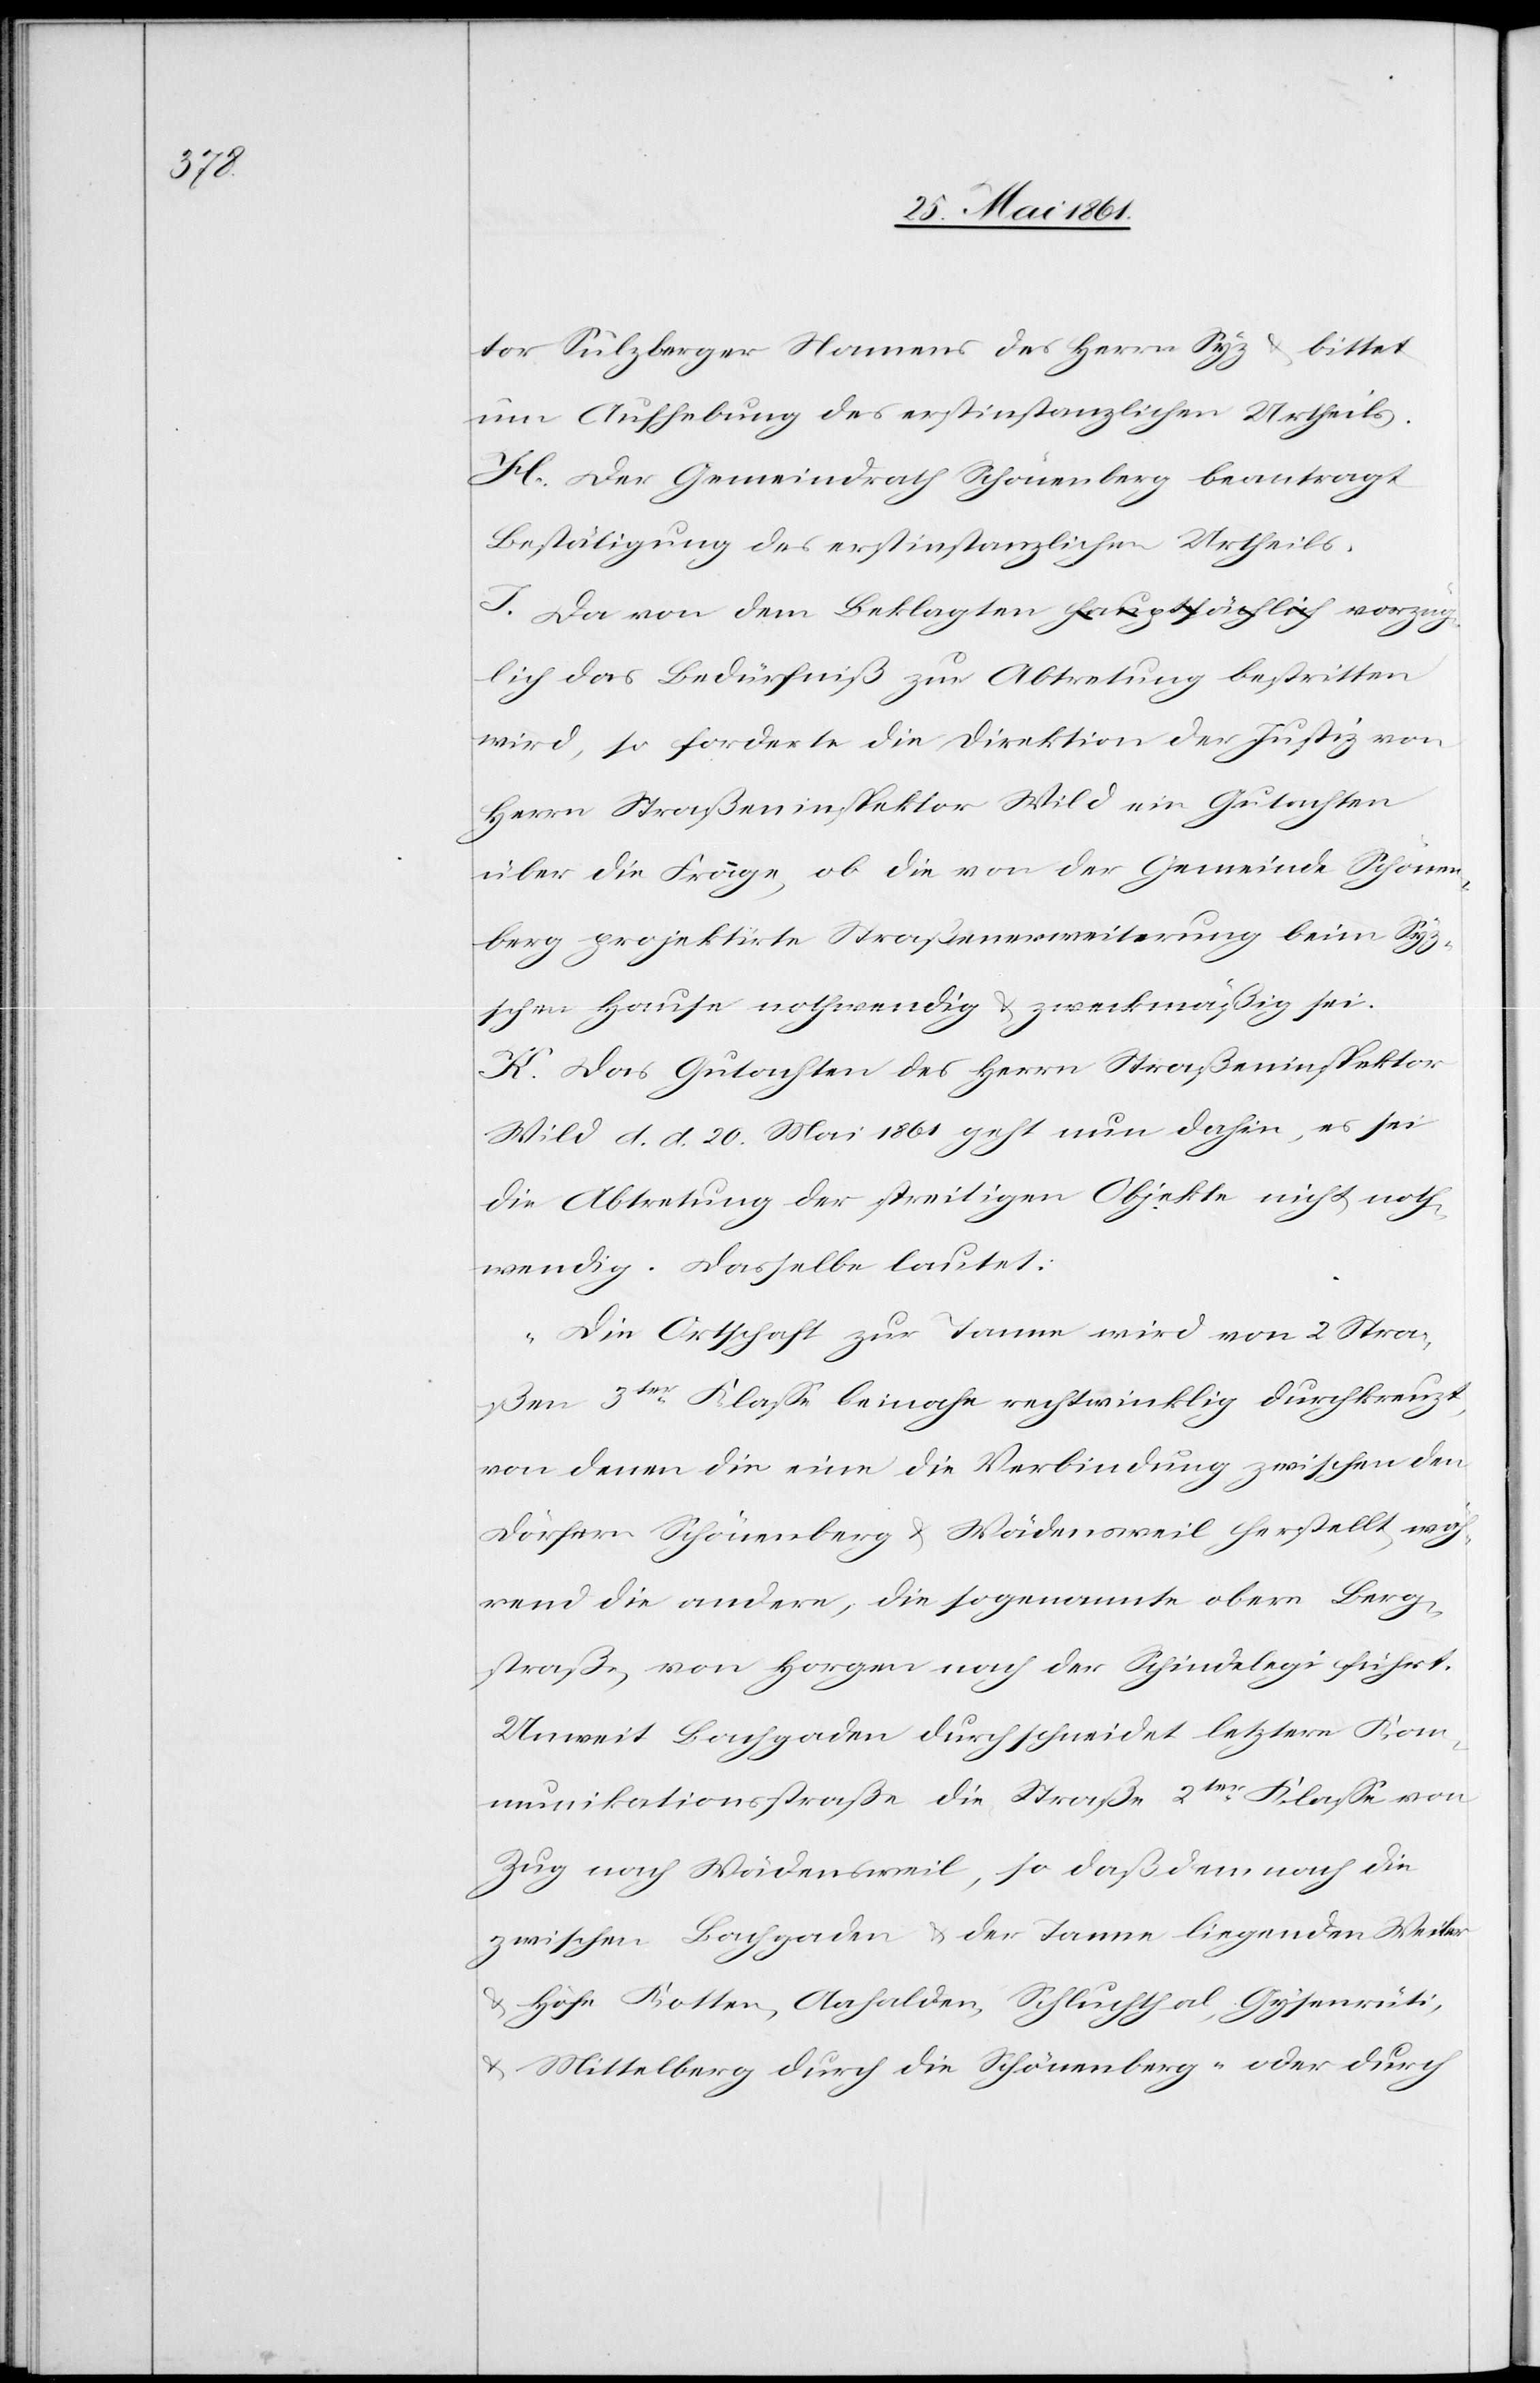
tor Sulzberger Namens des Herrn Syz u. bittet
um Aufhebung des erstinstanzlichen Urtheils.
H. Der Gemeindrath Schönenberg beantragt
Bestätigung des erstinstanzlichen Urtheils.
J. Da von dem Beklagten vorzüglich das
wird, so forderte die Direktion der Justiz von
Herrn Straßeninspektor Wild ein Gutachten
über die Frage, ob die von der Gemeinde Schönen¬
berg projektirte Straßenerweiterung beim Syz¬
schen Hause nothwendig u. zweckmäßig sei.
K. Das Gutachten des Herrn Straßeninspektor
Wild d. d. 20. Mai 1861 geht nun dahin, es sei
die Abtretung der streitigen Objekte nicht noth¬
wendig. Dasselbe lautet:
„Die Ortschaft zur Tanne wird von 2 Stra¬
ßen 3ter Klasse beinahe rechtwinklig durchkreuzt,
von denen die eine die Verbindung zwischen den
Dörfern Schönenberg u. Wädensweil herstellt, wäh¬
rend die andere, die sogenannte obere Berg¬
straße, von Horgen nach der Schindelegi führt.
Unweit Bachgaden durchschneidet letztere Kom¬
munikationsstraße die Straße 2ter Klasse von
Zug nach Wädensweil, so daß demnach die
zwischen Bachgaden u. der Tanne liegenden Weiler
u. Höfe Kotten, Aahalden, Schluchthal, Gysenrüti,
u. Mittelberg durch die Schönenberg- oder durch